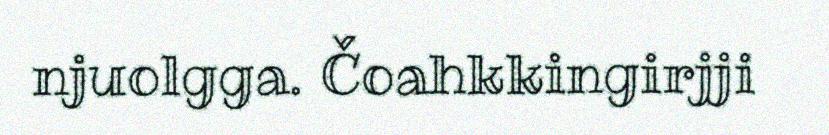
njuolgga. Čoahkkingirjji